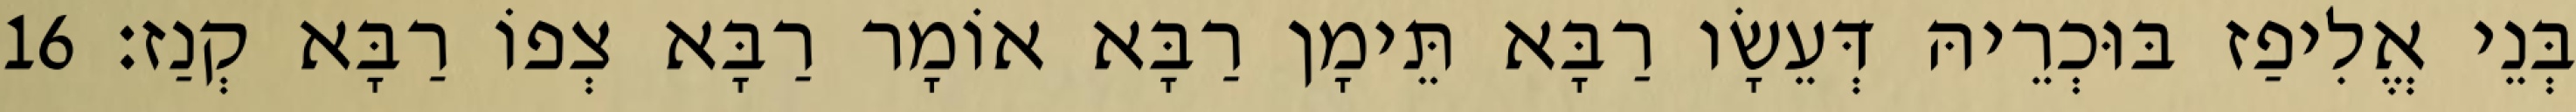
בְּנֵי אֱלִיפַז בּוּכְרֵיהּ דְּעֵשָׂו רַבָּא תֵּימָן רַבָּא אוֹמָר רַבָּא צְפוֹ רַבָּא קְנַז׃ 16